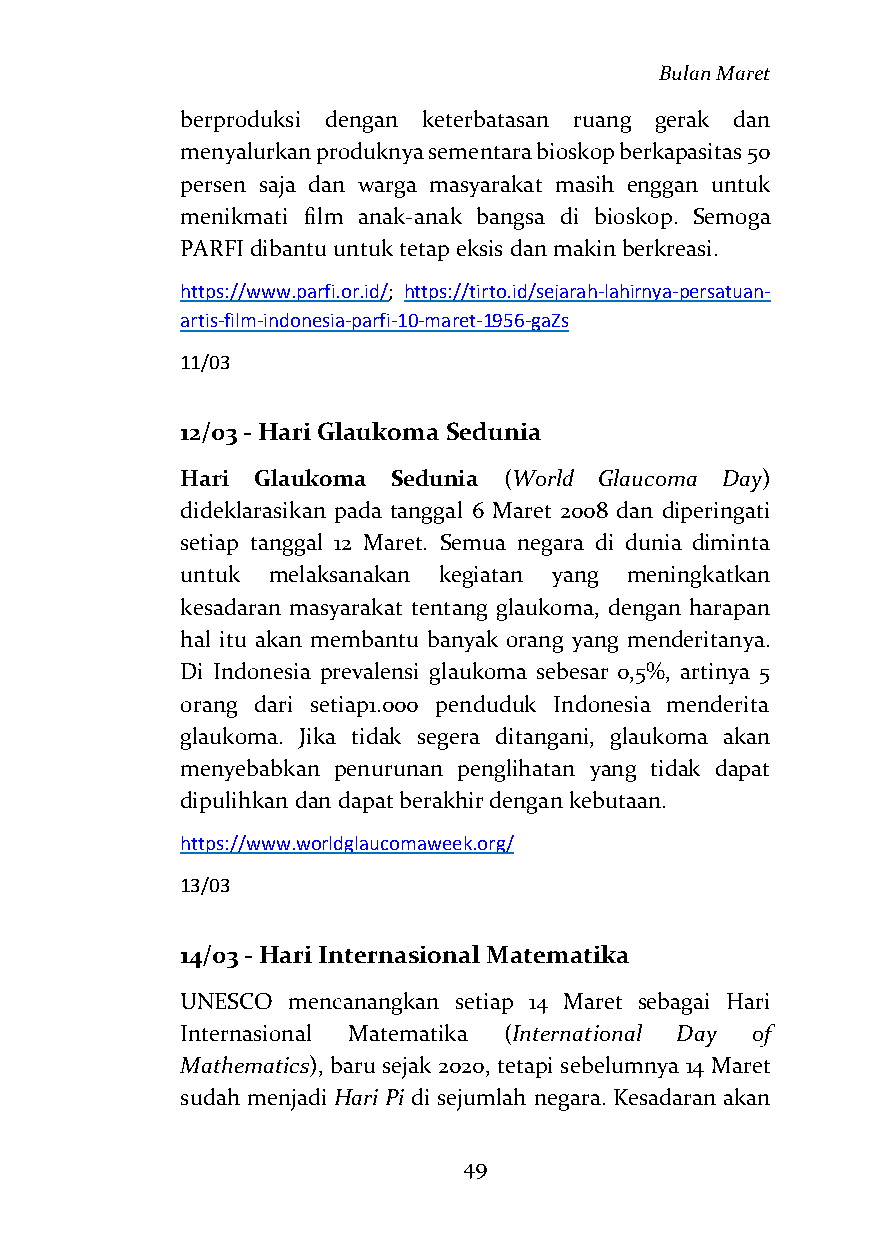
Bulan Maret
 berproduksi dengan keterbatasan ruang gerak dan
 menyalurkan produknya sementara bioskop berkapasitas 50
 persen saja dan warga masyarakat masih enggan untuk
 menikmati film anak-anak bangsa di bioskop. Semoga
 PARFI dibantu untuk tetap eksis dan makin berkreasi.
 https://www.parfi.or.id/; https://tirto.id/sejarah-lahirnya-persatuan-
 artis-film-indonesia-parfi-10-maret-1956-gaZs
 11/03
 12/03 - Hari Glaukoma Sedunia
 Hari Glaukoma Sedunia (World Glaucoma Day)
 dideklarasikan pada tanggal 6 Maret 2008 dan diperingati
 setiap tanggal 12 Maret. Semua negara di dunia diminta
 untuk melaksanakan kegiatan yang meningkatkan
 kesadaran masyarakat tentang glaukoma, dengan harapan
 hal itu akan membantu banyak orang yang menderitanya.
 Di Indonesia prevalensi glaukoma sebesar 0,5%, artinya 5
 orang dari setiap1.000 penduduk Indonesia menderita
 glaukoma. Jika tidak segera ditangani, glaukoma akan
 menyebabkan penurunan penglihatan yang tidak dapat
 dipulihkan dan dapat berakhir dengan kebutaan.
 https://www.worldglaucomaweek.org/
 13/03
 14/03 - Hari Internasional Matematika
 UNESCO mencanangkan setiap 14 Maret sebagai Hari
 Internasional Matematika (International Day of
 Mathematics), baru sejak 2020, tetapi sebelumnya 14 Maret
 sudah menjadi Hari Pi di sejumlah negara. Kesadaran akan
 49